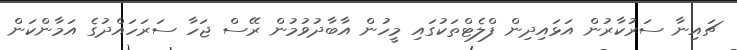
ޗައިނާ ސަރުކާރުން އަޅައިދިން ފްލެޓްތަކުގައި މީހުން އާބާދުވުމުން ރޭސް ޖަހާ ސަރަހައްދުގެ އަމާންކަން